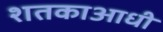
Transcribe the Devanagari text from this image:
शतकाआधी